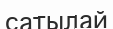
сатылай